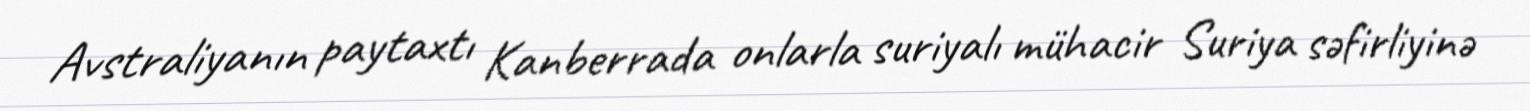
Avstraliyanın paytaxtı Kanberrada onlarla suriyalı mühacir Suriya səfirliyinə